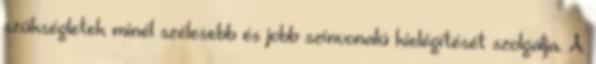
szükségletek minél szélesebb és jobb színvonalú kielégítését szolgálja. A